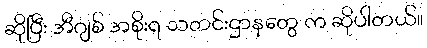
ဆိုပြီး အီဂျစ် အစိုးရ သတင်းဌာနတွေ က ဆိုပါတယ်။